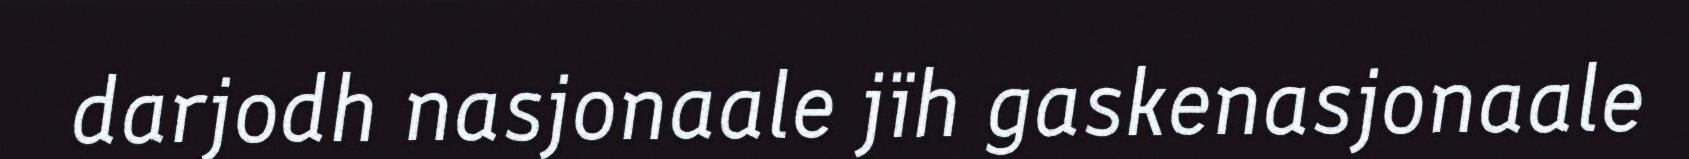
darjodh nasjonaale jïh gaskenasjonaale